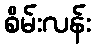
စိမ်းလန်း